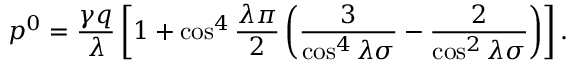
p ^ { 0 } = \frac { \gamma q } { \lambda } \left[ 1 + \cos ^ { 4 } \frac { \lambda \pi } { 2 } \left( \frac { 3 } { \cos ^ { 4 } \lambda \sigma } - \frac { 2 } { \cos ^ { 2 } \lambda \sigma } \right) \right] .